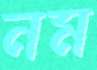
নম